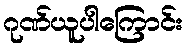
ဂုဏ်ယူပါကြောင်း